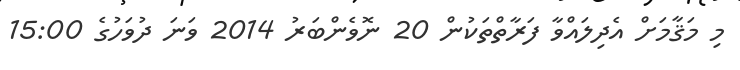
މި މަޤާމަށް އެދިލައްވާ ފަރާތްތަކުން 20 ނޮވެންބަރު 2014 ވަނަ ދުވަހުގެ 15:00